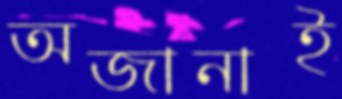
অজানাই